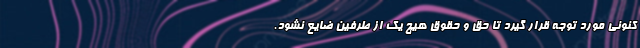
کنونی مورد توجه قرار گیرد تا حق و حقوق هیچ یک از طرفین ضایع نشود.